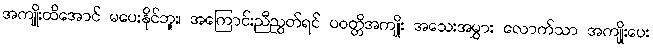
အကျိုးထိအောင် မပေးနိုင်ဘူး၊ အကြောင်းညီညွတ်ရင် ပဝတ္တိအကျိုး အသေးအမွှား လောက်သာ အကျိုးပေး